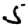
Digit: 5